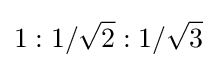
1:1/{\sqrt {2}}:1/{\sqrt {3}}